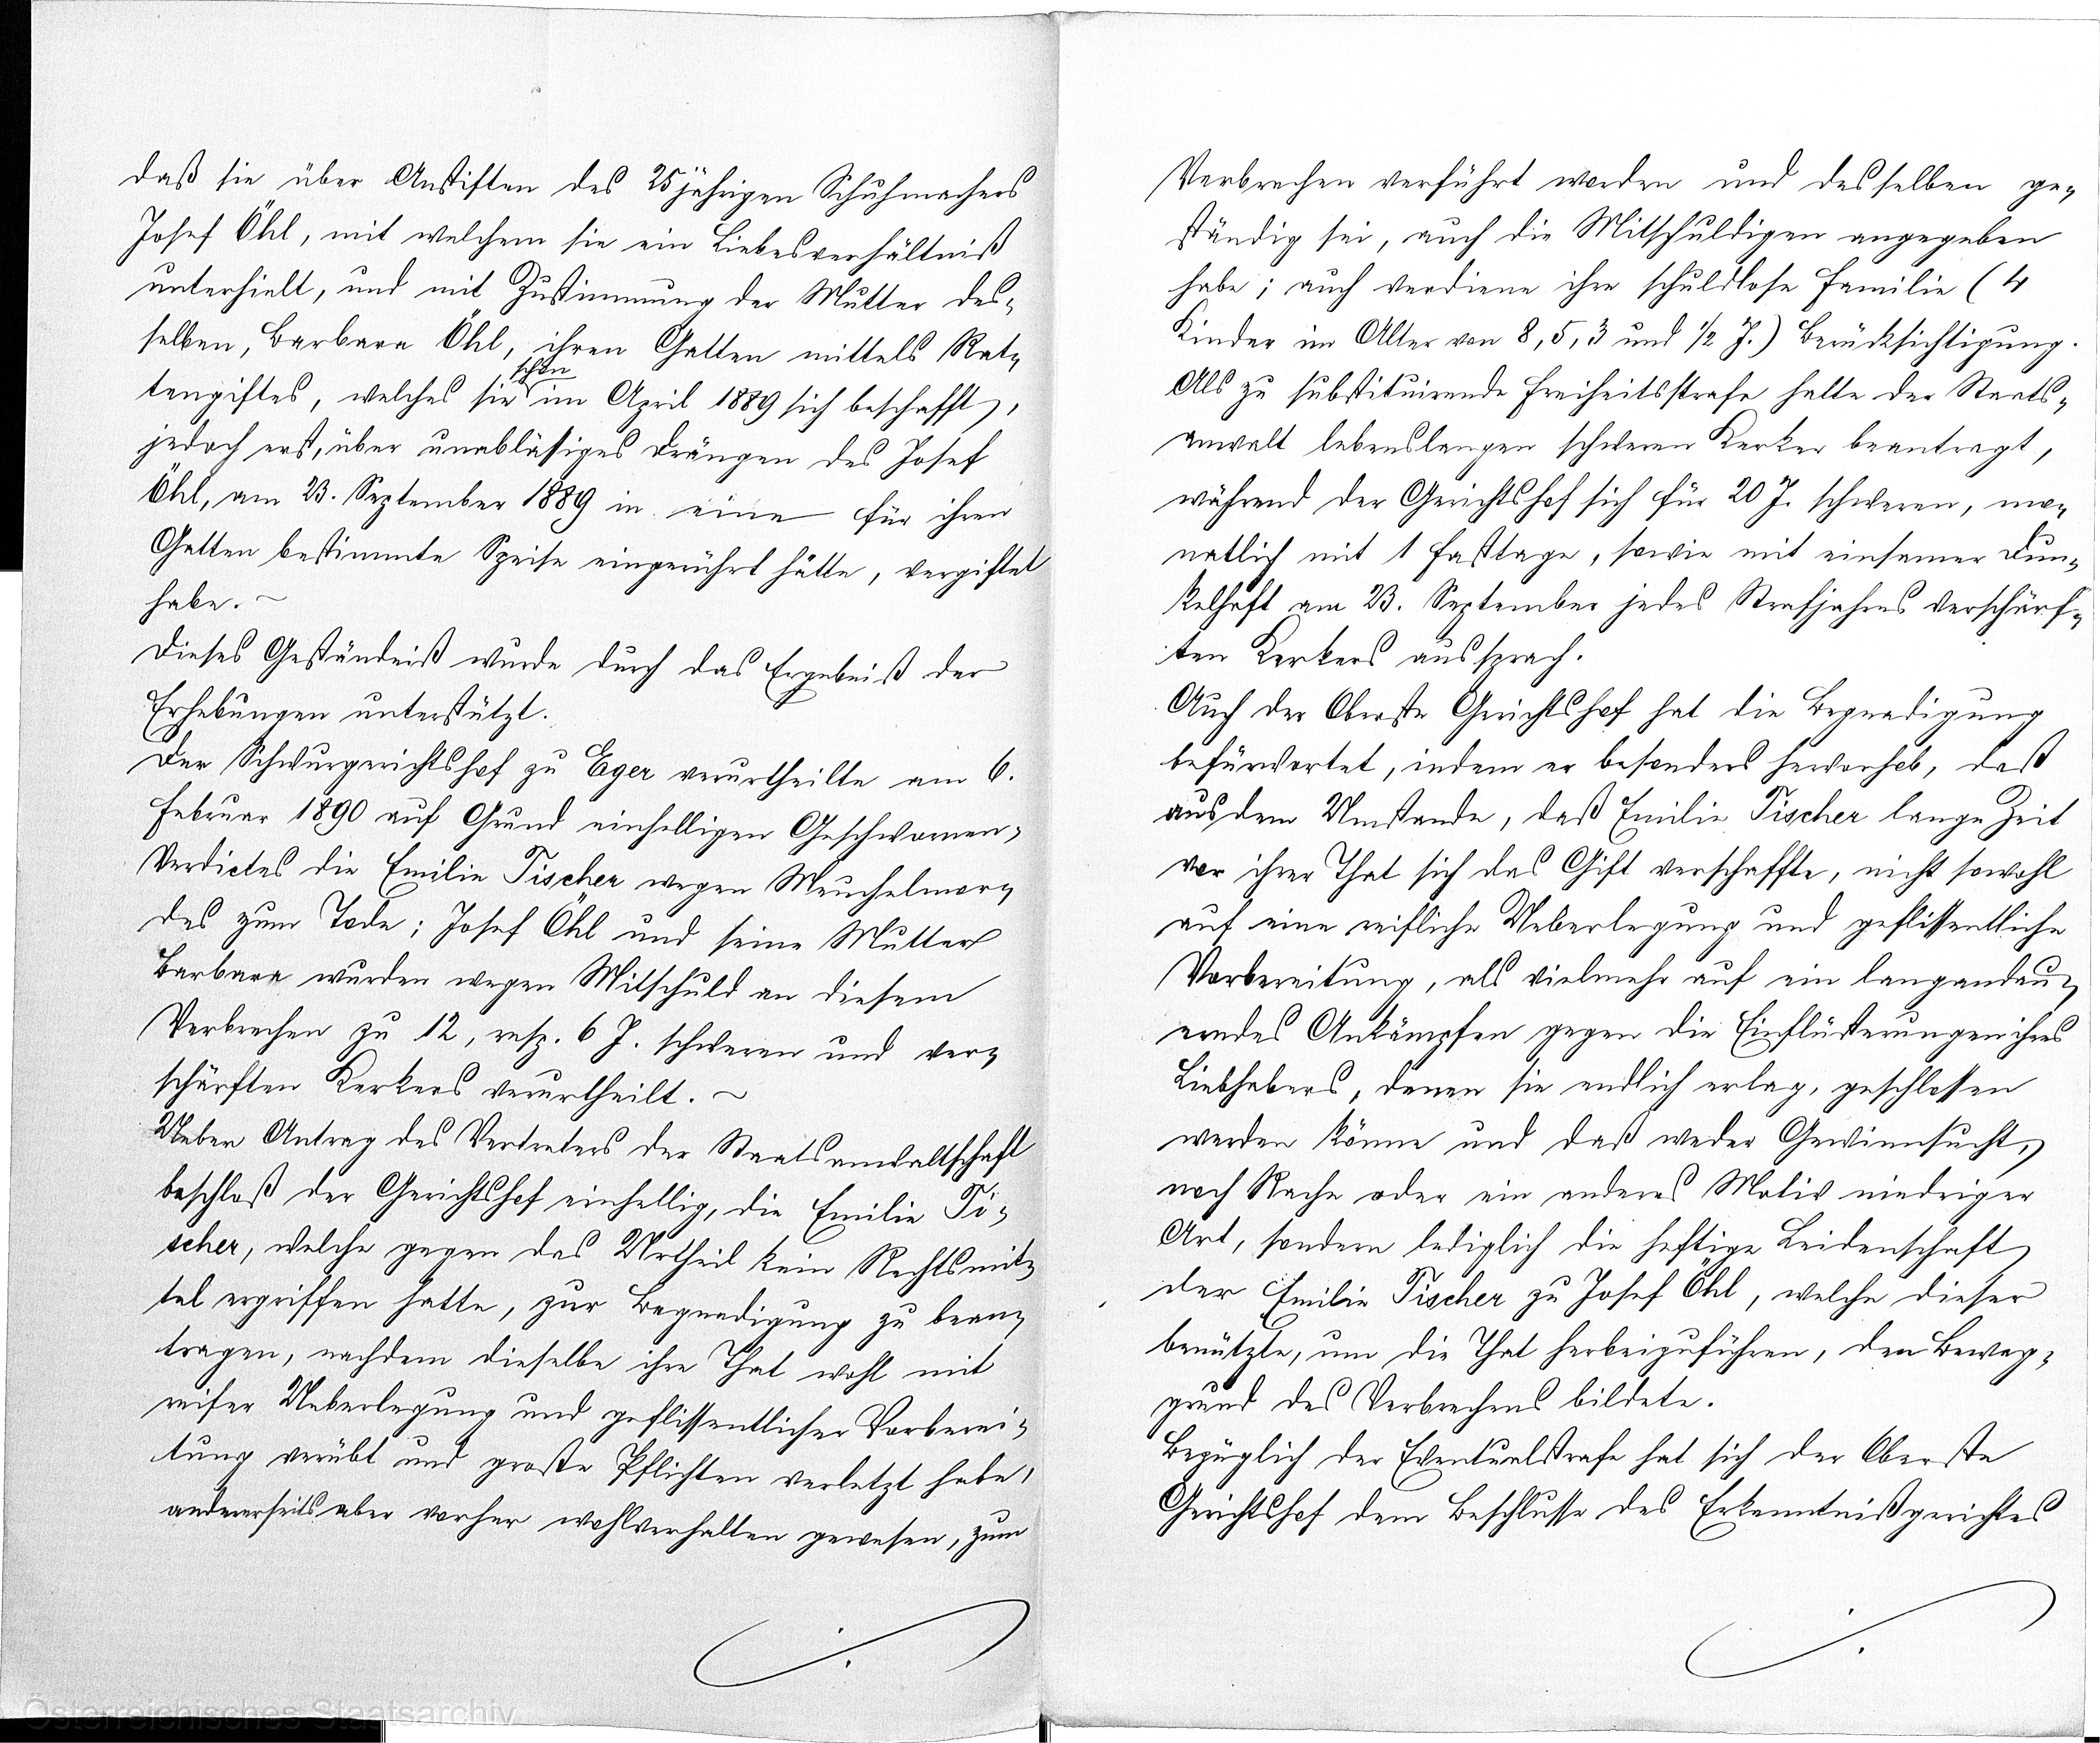
daß sie über Anstiften des 25jährigen Schuhmachers
Josef Öhl, mit welchem sie ein Liebesverhältniß
unterhielt, und mit Zustimmung der Mutter des¬
selben, Barbara Öhl, ihren Gatten mittels Rat¬
schon
tengiftes, welches sie im April 1889 sich beschafft,
jedoch erst, über unablässiges Drängen des Josef
Öhl, am 23. September 1889 in eine für ihren
Gatten bestimmte Speise eingerührt hätte, vergiftet
habe.
Dieses Geständniß wurde durch das Ergebniß der
Erhebungen unterstützt.
Der Schwurgerichtshof zu Eger verurtheilte am 6.
Februar 1890 auf Grund einhelligen Geschwornen¬
Verdictes die Emilie Tischer wegen Meuchelmor¬
des zum Tode; Josef Öhl und seine Mutter
Barbara wurden wegen Mitschuld an diesem
Verbrechen zu 12, resp. 6 J. schweren und ver¬
schärften Kerkers verurtheilt.
Ueber Antrag des Vertreters der Staatsxxschaft
beschloß der Gerichtshof einhellig, die Emilie Ti¬
scher, welche gegen das Urtheil kein Rechtsmit¬
tel ergriffen hatte, zur Begnadigung zu bean¬
tragen, nachdem dieselbe ihre That wohl mit
reifer Ueberlegung und geflissentlicher Vorberei¬
tung verübt und große Pflichten verletzt habe,
andererseits aber weher wohlverhalten gewesen, zum

Verbrechen verführt worden und desselben ge¬
ständig sei, auch die Mitschuldigen angegeben
habe; auch verdiene ihre schuldlose Familie (4
Kinder im Alter von 8, 5, 3 und 1/2 J.) Brücksichtigung.
Als zu substituirende Freiheitsstrafe hatte der Staats¬
anwalt lebenslangen schweren Kerker beantragt,
während der Gerichtshof sich für 20 J schweren, mo¬
natlich mit 1 Fasttage, sowie mit einsamer Fun¬
kelheft am 23. September jedes Strafjahres verschärf¬
ten Kerkers aussprach.
Auch der Oberste Gerichtshof hat die Begnadigung
befördertet, indem er besonders herxxheb, daß
aus dem Umstande, daß Emilie Tischer lange Zeit
vor ihrer That sich das Gift verschaffte, nicht sowohl
auf eine reifliche Ueberlegung und geflissentliche
Vorbereitung, als vielmehr auf ein langandau¬
erndes Ankämpfen gegen die Einflüsterungen ihres
Liebhebers, denen sie endlich erlag, geschlossen
werden könne und daß weder Gewinnsucht,
noch Reche oder ein anderes Motiv niedriger
Art, sondern lediglich die heftige Leidenschaft
der Emilie Tischer zu Josef Öhl, welche dieser
benützte, um die That herbeizuführen, den Beweg¬
grund des Verbrechens bildete.
Bezüglich der Eventuelstrafe hat sich der Oberste
Gerichtshof dem Beschlusse des Erkenntnißgerichtes